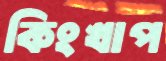
কিংখাপ